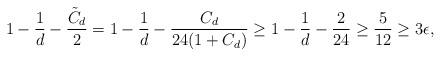
LaTeX: \begin{align*}1-\frac{1}{d}-\frac{\tilde{C}_d}{2}=1-\frac{1}{d}-\frac{C_d}{24(1+C_d)}\geq 1-\frac{1}{d}-\frac{2}{24}\geq \frac{5}{12}\geq 3 \epsilon,\end{align*}